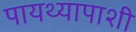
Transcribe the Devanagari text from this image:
पायथ्यापाशी